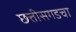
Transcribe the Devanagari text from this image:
छत्तीसगडचा